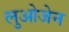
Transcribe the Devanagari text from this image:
लुओजेन